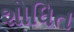
શોધિત